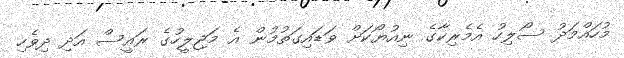
މުހައްމަދު ސޯލިހު އެމެރިކާގެ ނިއުޔޯކަށް ވަޑައިގަތުމުން އެ މަޖިލީހުގެ ރައީސް އަދި ދިވެހި